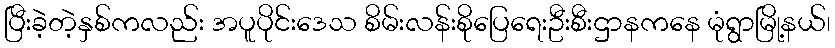
ပြီးခဲ့တဲ့နှစ်ကလည်း အပူပိုင်းဒေသ စိမ်းလန်းစိုပြေရေးဦးစီးဌာနကနေ မုံရွာမြို့နယ်၊